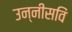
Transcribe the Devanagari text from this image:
उन्नीसविं